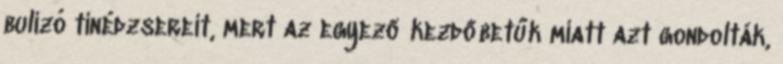
bulizó tinédzsereit, mert az egyező kezdőbetűk miatt azt gondolták,